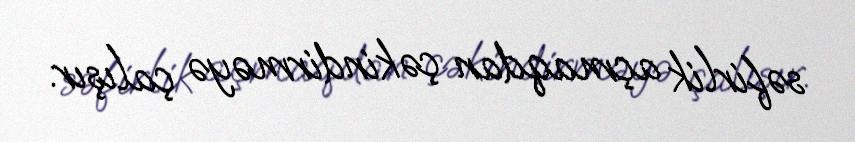
səfirlik açmaqdan çəkindirməyə çalışır.